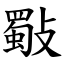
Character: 斀